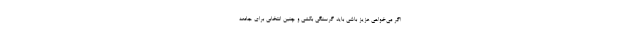
اگر می‌خواهی عزیز باشی باید گرسنگی بکشی و چنین انتخابی برای جامعه